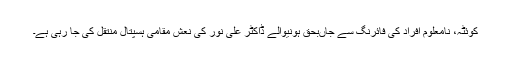
کوئٹہ، نامعلوم افراد کی فائرنگ سے جاں‌بحق ہونیوالے ڈاکٹر علی نور کی نعش مقامی ہسپتال منتقل کی جا رہی ہے۔